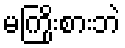
မကြိုးစားဘဲ